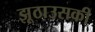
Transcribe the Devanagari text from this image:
झूठाउसकी